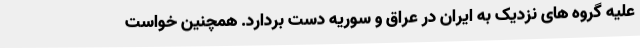
علیه گروه های نزدیک به ایران در عراق و سوریه دست بردارد. همچنین خواست